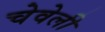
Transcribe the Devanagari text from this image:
चेवेली